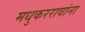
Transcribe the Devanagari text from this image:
मधुकररावांना